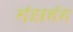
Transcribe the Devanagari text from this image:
गंडाबंद